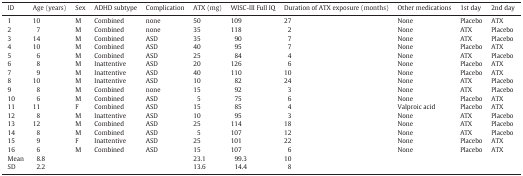
<table><thead><tr><td><b>ID</b></td><td><b>Age (years)</b></td><td><b>Sex</b></td><td><b>ADHD subtype</b></td><td><b>Complication</b></td><td><b>ATX (mg)</b></td><td><b>WISC-III Full IQ</b></td><td><b>Duration of ATX exposure (months)</b></td><td><b>Other medications</b></td><td><b>1st day</b></td><td><b>2nd day</b></td></tr></thead><tbody><tr><td>1</td><td>10</td><td>M</td><td>Combined</td><td>none</td><td>50</td><td>109</td><td>27</td><td>None</td><td>Placebo</td><td>ATX</td></tr><tr><td>2</td><td>7</td><td>M</td><td>Combined</td><td>none</td><td>35</td><td>118</td><td>2</td><td>None</td><td>ATX</td><td>Placebo</td></tr><tr><td>3</td><td>14</td><td>M</td><td>Combined</td><td>ASD</td><td>35</td><td>90</td><td>7</td><td>None</td><td>ATX</td><td>Placebo</td></tr><tr><td>4</td><td>10</td><td>M</td><td>Combined</td><td>ASD</td><td>40</td><td>95</td><td>7</td><td>None</td><td>Placebo</td><td>ATX</td></tr><tr><td>5</td><td>6</td><td>M</td><td>Combined</td><td>ASD</td><td>25</td><td>84</td><td>4</td><td>None</td><td>ATX</td><td>Placebo</td></tr><tr><td>6</td><td>8</td><td>M</td><td>Inattentive</td><td>ASD</td><td>20</td><td>126</td><td>6</td><td>None</td><td>Placebo</td><td>ATX</td></tr><tr><td>7</td><td>9</td><td>M</td><td>Inattentive</td><td>ASD</td><td>40</td><td>110</td><td>10</td><td>None</td><td>Placebo</td><td>ATX</td></tr><tr><td>8</td><td>10</td><td>M</td><td>Inattentive</td><td>ASD</td><td>10</td><td>82</td><td>24</td><td>None</td><td>ATX</td><td>Placebo</td></tr><tr><td>9</td><td>8</td><td>M</td><td>Combined</td><td>none</td><td>15</td><td>92</td><td>3</td><td>None</td><td>ATX</td><td>Placebo</td></tr><tr><td>10</td><td>6</td><td>M</td><td>Combined</td><td>ASD</td><td>5</td><td>75</td><td>6</td><td>None</td><td>Placebo</td><td>ATX</td></tr><tr><td>11</td><td>11</td><td>F</td><td>Combined</td><td>ASD</td><td>15</td><td>85</td><td>4</td><td>Valproic acid</td><td>Placebo</td><td>ATX</td></tr><tr><td>12</td><td>8</td><td>M</td><td>Inattentive</td><td>ASD</td><td>10</td><td>95</td><td>3</td><td>None</td><td>ATX</td><td>Placebo</td></tr><tr><td>13</td><td>12</td><td>M</td><td>Combined</td><td>ASD</td><td>25</td><td>114</td><td>18</td><td>None</td><td>ATX</td><td>Placebo</td></tr><tr><td>14</td><td>8</td><td>M</td><td>Combined</td><td>ASD</td><td>5</td><td>107</td><td>12</td><td>None</td><td>ATX</td><td>Placebo</td></tr><tr><td>15</td><td>9</td><td>F</td><td>Inattentive</td><td>ASD</td><td>25</td><td>101</td><td>22</td><td>None</td><td>Placebo</td><td>ATX</td></tr><tr><td>16</td><td>6</td><td>M</td><td>Combined</td><td>ASD</td><td>15</td><td>107</td><td>6</td><td>None</td><td>Placebo</td><td>ATX</td></tr><tr><td>Mean</td><td>8.8</td><td></td><td></td><td></td><td>23.1</td><td>99.3</td><td>10</td><td></td><td></td><td></td></tr><tr><td>SD</td><td>2.2</td><td></td><td></td><td></td><td>13.6</td><td>14.4</td><td>8</td><td></td><td></td><td></td></tr></tbody></table>